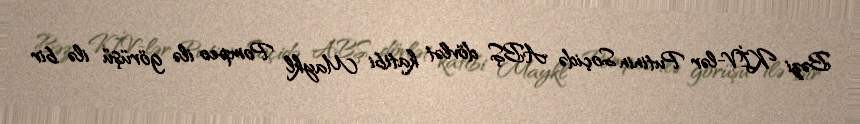
Bəzi KİV-lər Putinin Soçidə ABŞ dövlət katibi Maykl Pompeo ilə görüşü ilə bir